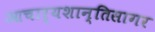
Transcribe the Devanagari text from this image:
आचार्यशान्तिसागर